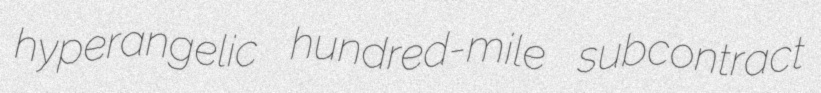
hyperangelic hundred-mile subcontract